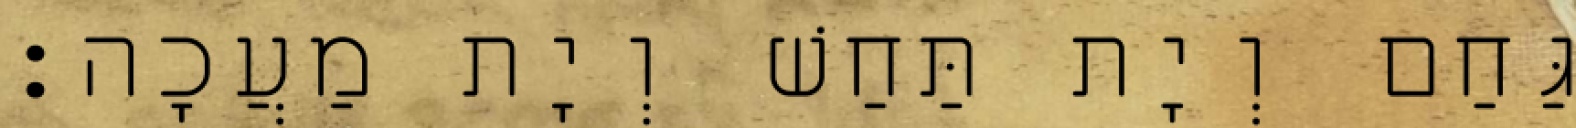
גַּחַם וְיָת תַּחַשׁ וְיָת מַעֲכָה׃